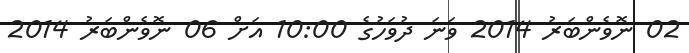
02 ނޮވެންބަރު 2014 ވަނަ ދުވަހުގެ 10:00 އަށް 06 ނޮވެންބަރު 2014